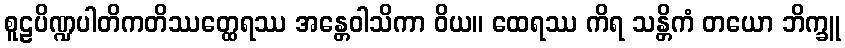
စူဠပိဏ္ဍပါတိကတိဿတ္ထေရဿ အန္တေဝါသိကာ ဝိယ။ ထေရဿ ကိရ သန္တိကံ တယော ဘိက္ခူ